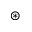
\circledast